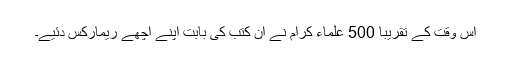
اس وقت کے تقریبا 500 علماء کرام نے ان کتب کی بابت اپنے اچھے ریمارکس دئیے۔